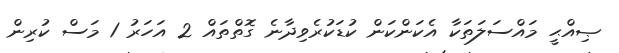
ޞިއްޙީ މައްސަލަތަކާ އެކަންކަން ކުޑަކުރެވިދާނެ ގޮތްތައް 2 އަހަރު 1 މަސް ކުރިން